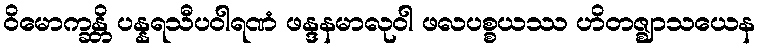
ဝိမောက္ခန္တိ ပန္နရသီပဝါရဏံ ဖန္ဒနမာလုဝါ ဖလပစ္စယဿ ဟိတဇ္ဈာသယေန